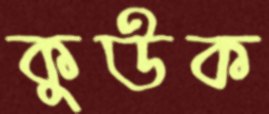
কুউক